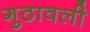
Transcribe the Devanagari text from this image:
गुठावली